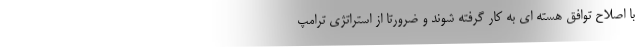
با اصلاح توافق هسته ای به کار گرفته شوند و ضرورتا از استراتژی ترامپ